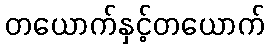
တယောက်နှင့်တယောက်